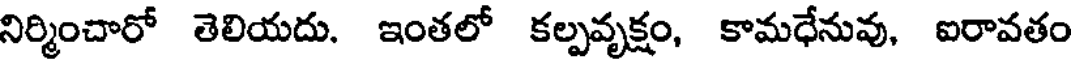
నిర్మించారో తెలియదు. ఇంతలో కల్పవృక్షం, కామధేనువు, ఐరావతం